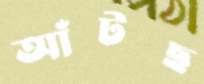
আঁটছ